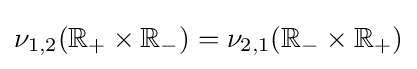
\nu _{1,2}(\mathbb {R} _{+}\times \mathbb {R} _{-})=\nu _{2,1}(\mathbb {R} _{-}\times \mathbb {R} _{+})